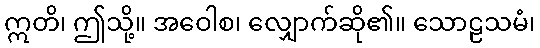
ဣတိ၊ ဤသို့။ အဝေါစ၊ လျှောက်ဆို၏။ သောဠသမံ၊